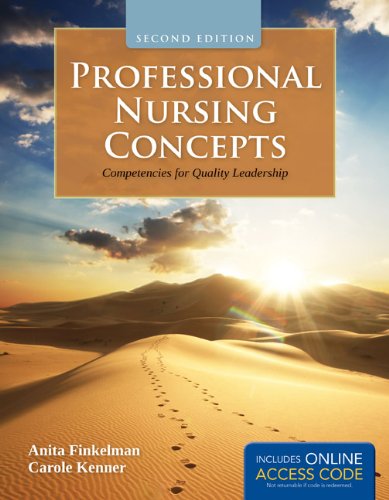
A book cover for Professional Nursing Concepts: Competencies for Quality Leadership; Anita Finkelman; Medical Books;